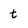
Character: t